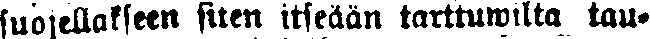
suojellakseen siten itseään tarttuwilta tau-